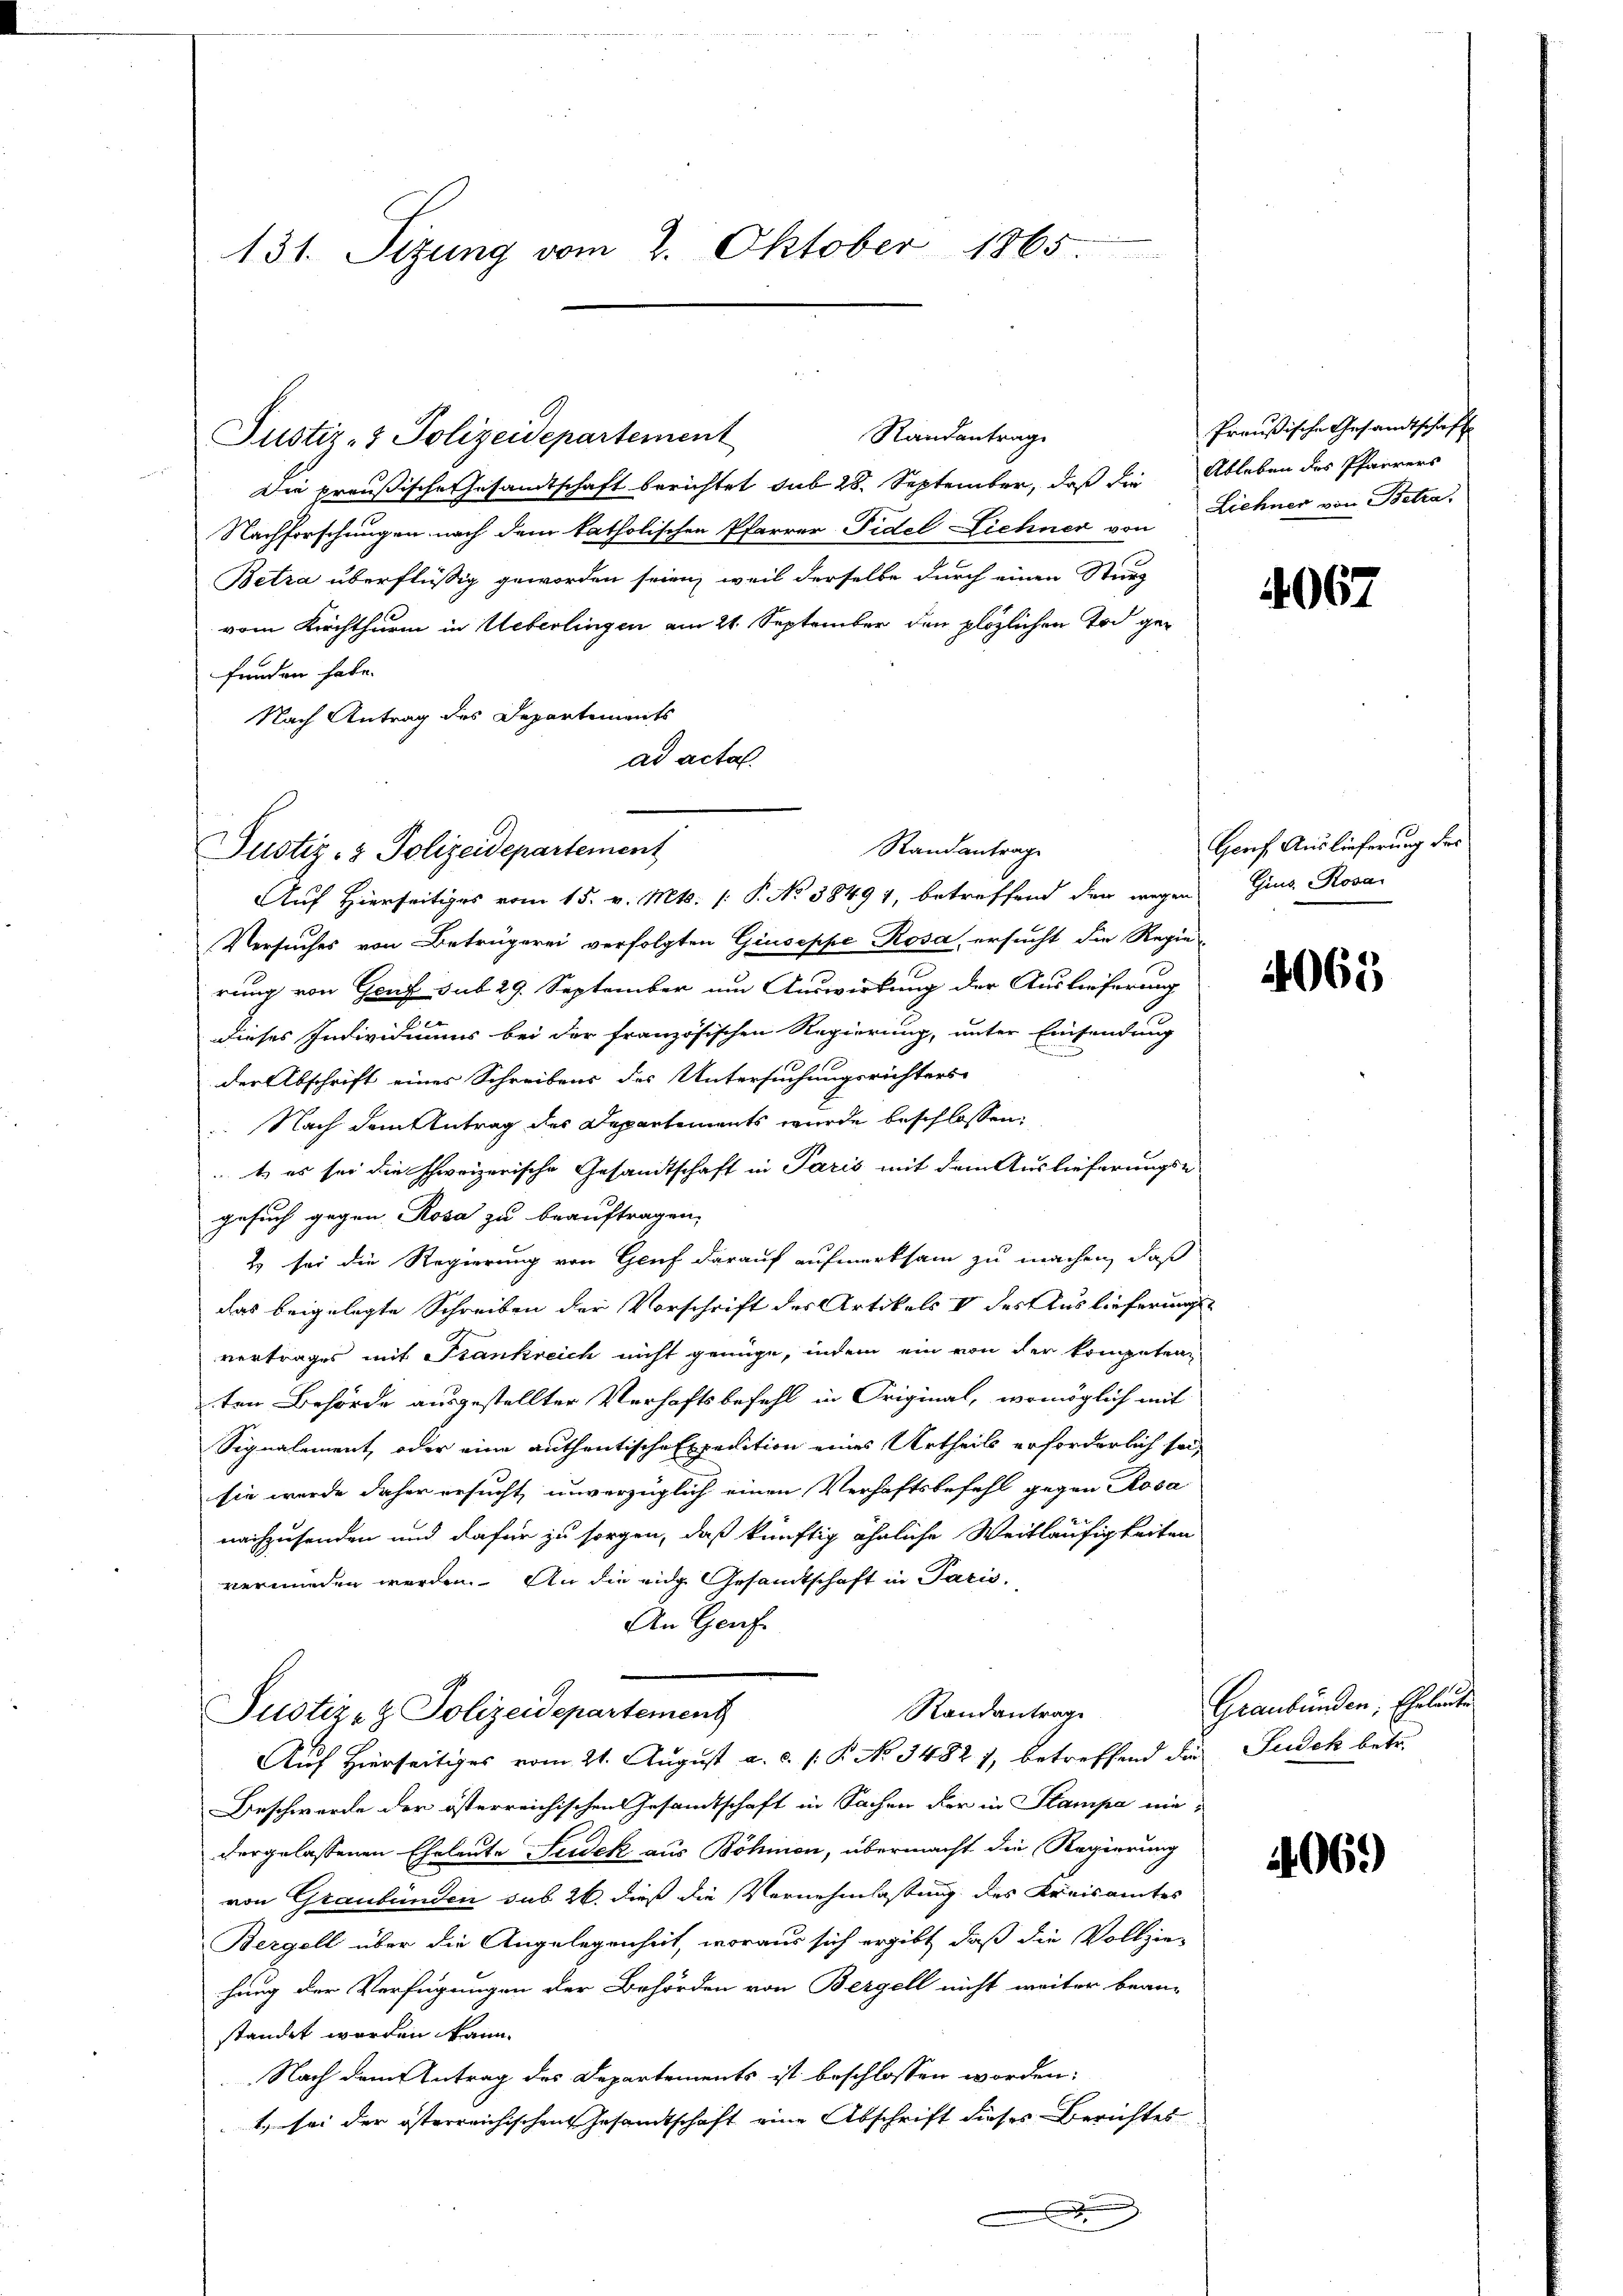
131. Sizung vom 2. Oktober 1865

Justiz- & Polizeidepartement
Die preußische Gesandtschaft berichtet sub 28. September, daß die
Nachforschungen nach dem katholischen Pfarrer Fidel Liehner von
Betra überflüssig geworden seien, weil derselbe durch einen Sturz
vom Kirchthurm in Ueberlingen am 21. September den plözlichen Tod gefunden habe.
Nach Antrag des Departements
ad acta.

Justiz- & Polizeidepartement

Standantrage

Randantrag

Auf Hierseitiges vom 15. v. Mts. [ P. No 38494, betreffend der wegen Gins Rosa
Versuches von Betrügerei verfolgten Giuseppe Rosa, ersucht die Regie-
rung von Genf sub 29. September um Auswirkung der Auslieferung
dieses Individuums bei der französischen Regierung, unter Einsendung
der Abschrift eines Schreibens des Untersuchungsrichters
 Nach dem Antrag des Departements wurde beschlossen:
t es sei die schweizerische Gesandtschaft in Paris mit dem Auslieferungs-
gesuch gegen Rosa zu beauftragen,
2 sei die Regierung von Gruf darauf aufmerksam zu machen, daß
das beigelegte Schreiben der Vorschrift des Artikels V des Auslieferungsvertrages mit Frankreich nicht genüge, indem ein von der kompetenten Behörde ausgestellter Verhaftsbefehl in Original, womöglich mit
Signalement, oder eine authentische Expedition eines Urtheils erforderlich sei,
sie werde daher ersucht, unverzüglich einen Verhaftsbefehl gegen Rosa
nachzusenden und dafür zu sorgen, daß künftig ähnliche Weitläufigkeiten
vermieden werden. An die eide Gesandtschaft in Paris,
An Genf
Randantrag
Justiz- & Polizeidepartement
Auf Hierseitiges vom 21. August a. c. s. R. No 3482), betreffend die Judek betr.
Beschwerde der österreichischen Gesandtschaft in Sachen der in Stampe niedergelassenen Eheleute Sudek aus Böhmen, übermacht die Regierung
von Graubünden sub. 26. dieß die Vernehmlassung des Kreisamtes
Bergell über die Angelegenheit, woraus sich ergibt, daß die Vollzie-
hung der Verfügungen der Behörden von Bergell nicht weiter bean-
standet worden kann.
Nach dem Antrag des Departements ist beschlossen worden:
ten sei der österreichischen Gesamtschaft eine Abschrift dieses Berichtes
.

Preußische Gesandtschaft
Ableben des Pfarrers
Lichner von Betra

4067

Gorf Auslieferung des

4065

Graubünden, Eheleute

4069)